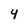
Character: 4